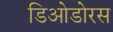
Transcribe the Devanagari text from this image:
डिओडोरस